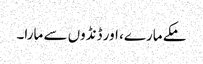
مکے مارے، اور ڈنڈوں سے مارا۔